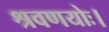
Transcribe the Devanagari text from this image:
श्रवणयोः।